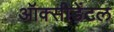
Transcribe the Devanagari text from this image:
ऑक्‍सीडेंटल